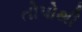
તોપોથી